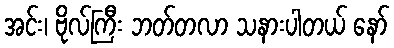
အင်း၊ ဗိုလ်ကြီး ဘတ်တလာ သနားပါတယ် နော်